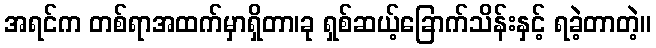
အရင်က တစ်ရာအထက်မှာရှိတာ၊ခု ရှစ်ဆယ့်ခြောက်သိန်းနှင့် ရခဲ့တာတဲ့။